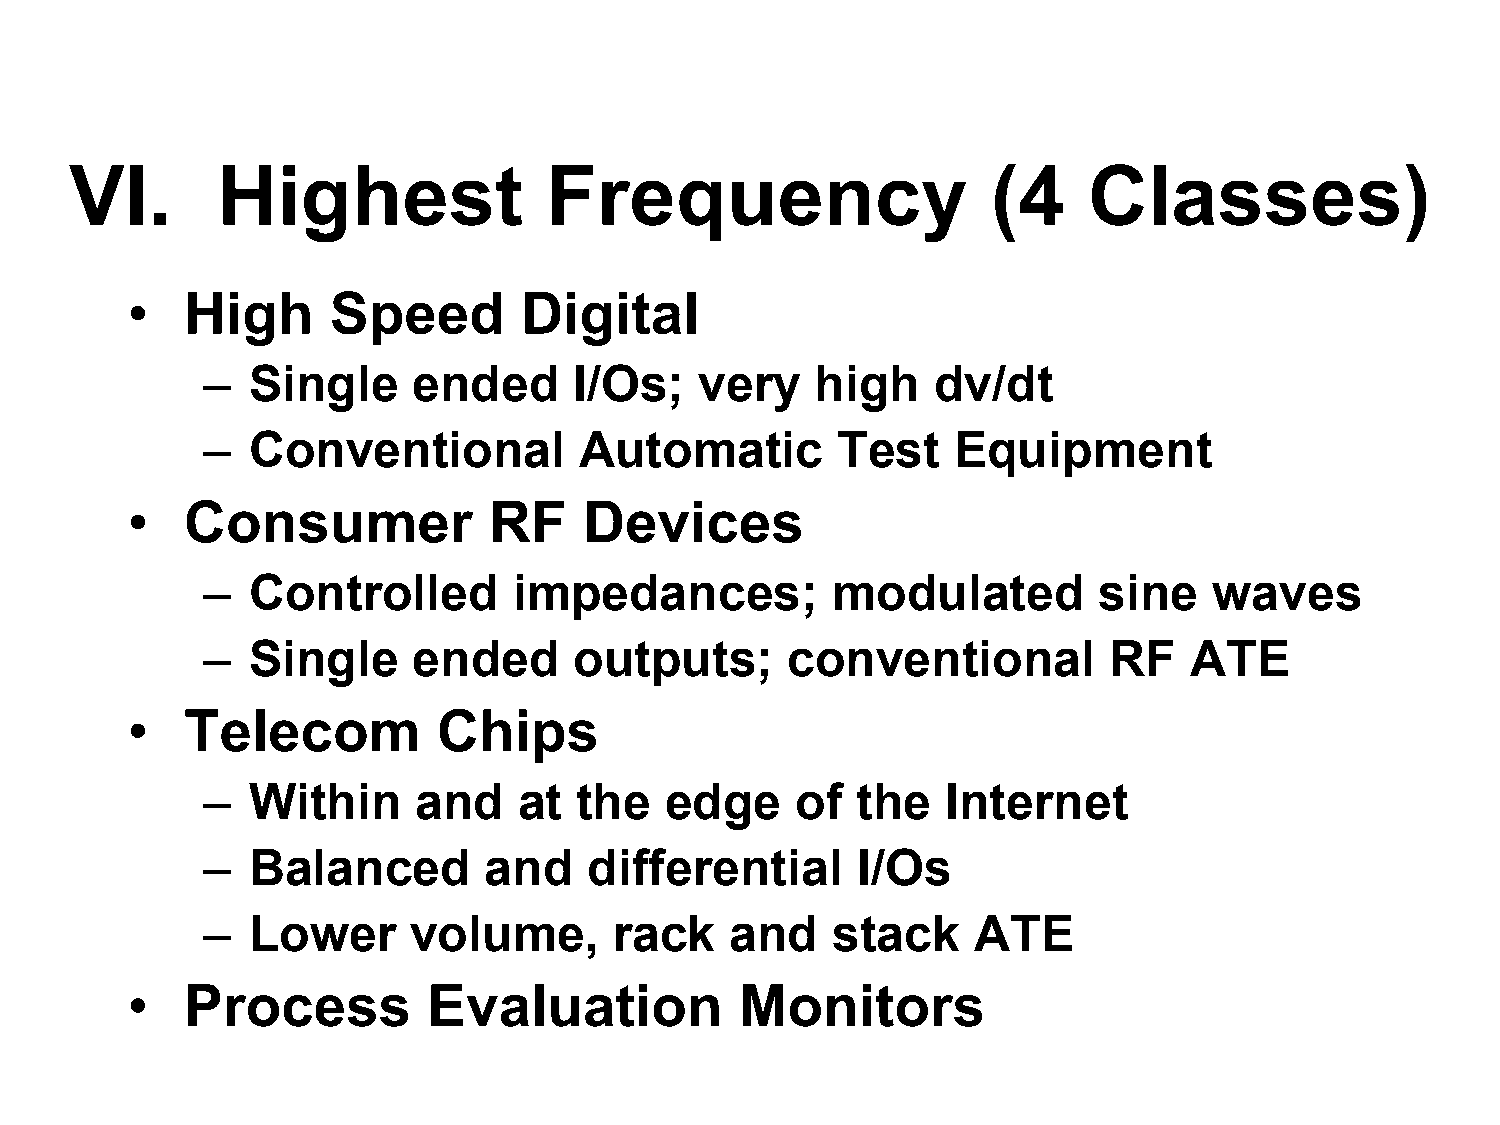
VI.      Highest               Frequency                     (4    Classes)
 •   High      Speed       Digital
 –  Single     ended      I/Os;   very    high    dv/dt
 –  Conventional          Automatic        Test    Equipment
 •   Consumer            RF     Devices
 –  Controlled        impedances;          modulated         sine   waves
 –  Single     ended      outputs;      conventional         RF    ATE
 •   Telecom          Chips
 –  Within      and   at  the   edge     of  the   Internet
 –  Balanced        and    differential      I/Os
 –  Lower      volume,       rack   and    stack    ATE
 •   Process         Evaluation           Monitors